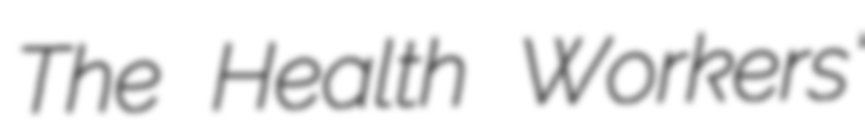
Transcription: The Health Workers'